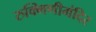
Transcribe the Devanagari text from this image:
रुक्मिणीमंदिर